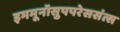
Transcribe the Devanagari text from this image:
इममूनॉसुपपरेससंत्स